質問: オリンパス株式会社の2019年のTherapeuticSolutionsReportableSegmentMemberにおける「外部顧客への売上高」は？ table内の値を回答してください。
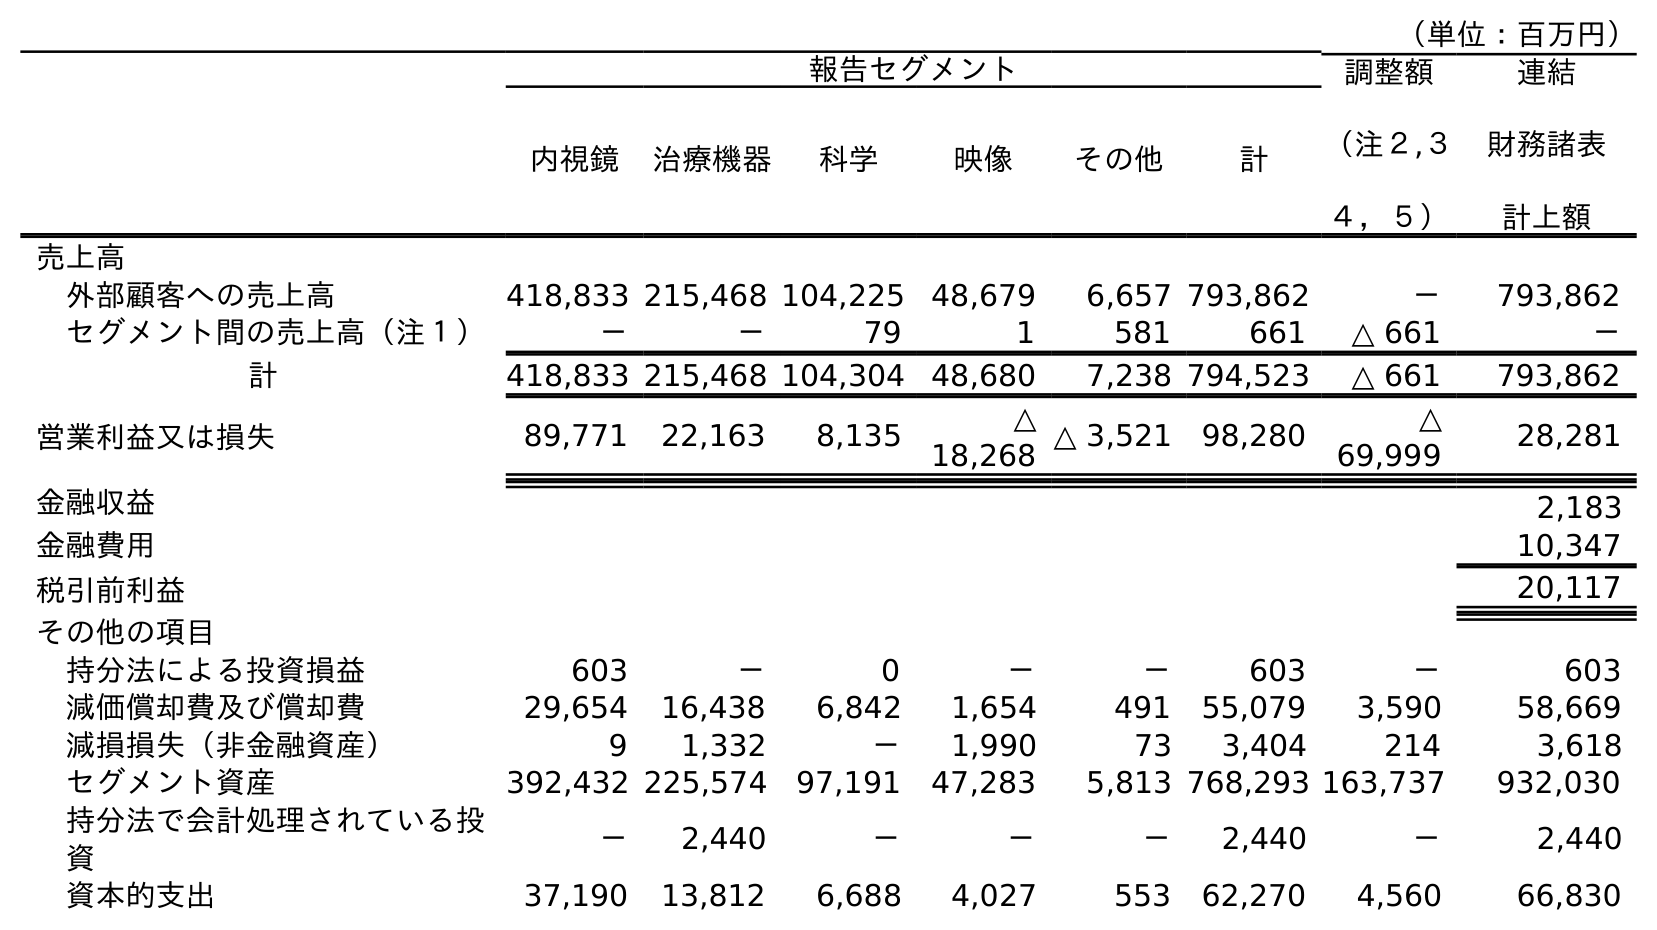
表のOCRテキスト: （単位：百万円） 報告セグメント 調整額 （注２,３ ４，５） 連結 財務諸表 計上額 内視鏡 治療機器 科学 映像 その他 計 売上高 外部顧客への売上高 418,833 215,468 104,225 48,679 6,657 793,862 － 793,862 セグメント間の売上高（注１） － － 79 1 581 661 △ 661 － 計 418,833 215,468 104,304 48,680 7,238 794,523 △ 661 793,862 営業利益又は損失 89,771 22,163 8,135 △ 18,268 △ 3,521 98,280 △ 69,999 28,281 金融収益 2,183 金融費用 10,347 税引前利益 20,117 その他の項目 持分法による投資損益 603 － 0 － － 603 － 603 減価償却費及び償却費 29,654 16,438 6,842 1,654 491 55,079 3,590 58,669 減損損失（非金融資産） 9 1,332 － 1,990 73 3,404 214 3,618 セグメント資産 392,432 225,574 97,191 47,283 5,813 768,293 163,737 932,030 持分法で会計処理されている投 資 － 2,440 － － － 2,440 － 2,440 資本的支出 37,190 13,812 6,688 4,027 553 62,270 4,560 66,830
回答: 215,468